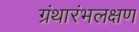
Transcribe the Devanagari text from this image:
ग्रंथारंभलक्षण